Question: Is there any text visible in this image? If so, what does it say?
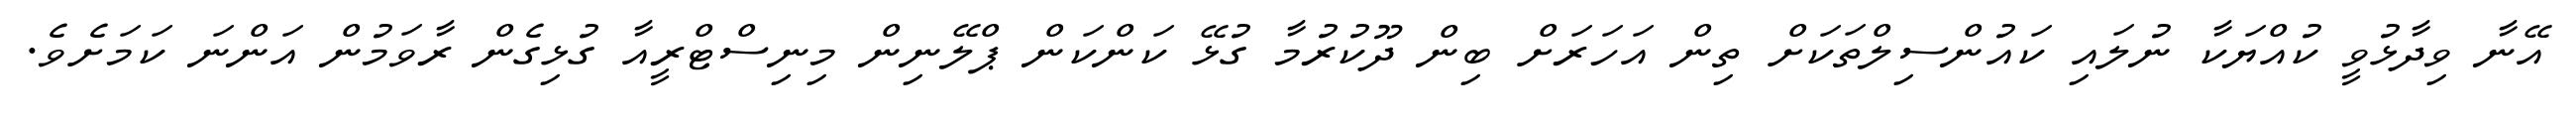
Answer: އޭނާ ވިދާޅުވީ ކުއްޔަކާ ނުލައި ކައުންސިލްތަކަށް ތިން އަހަރަށް ބިން ދޫކުރުމާ ގުޅޭ ކަންކަން ޕްލޭނިން މިނިސްޓްރީއާ ގުޅިގެން ރާވަމުން އަންނަ ކަމަށެވެ.